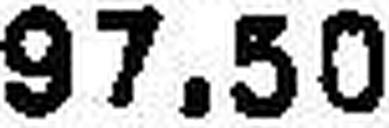
97.50